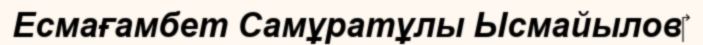
Есмағамбет Самұратұлы Ысмайылов‎